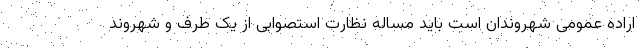
اراده عمومی شهروندان است باید مساله نظارت استصوابی از یک طرف و شهروند